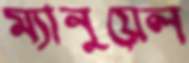
ম্যানুয়েল